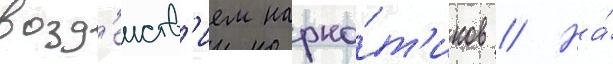
возд'еиств'ием нарко́т'иков // На́